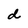
Character: d